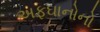
અફઘાનોનો